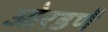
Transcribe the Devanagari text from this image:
ओरडणें